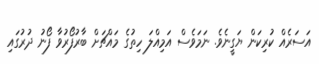
އަސަރެއް ކުރިކަން ޔަގީނެވެ. ނަމަވެސް އަމިއްލަ ހިތުގެ މައްޗަށް ބާރުފޯރުވާ ފޯނު ދުރުގައި